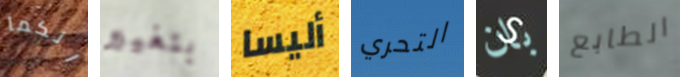
انكما بتغيير أليسا التحري بان الطابع